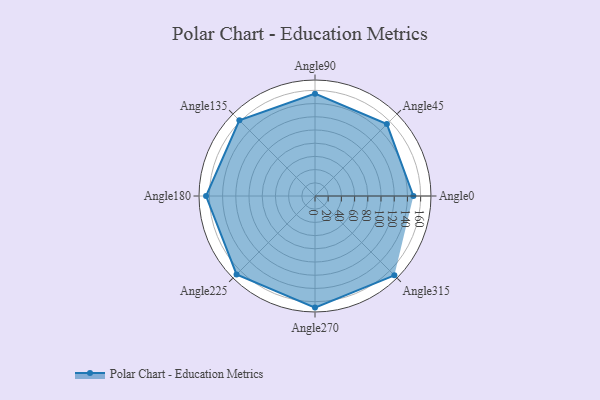
{"axis": {"x": "Angle", "y": "Radius"}, "legend": [""], "data": [{"x": "Angle0", "y": 149.0, "type": ""}, {"x": "Angle45", "y": 154.0, "type": ""}, {"x": "Angle90", "y": 155.0, "type": ""}, {"x": "Angle135", "y": 162.0, "type": ""}, {"x": "Angle180", "y": 165.0, "type": ""}, {"x": "Angle225", "y": 168.0, "type": ""}, {"x": "Angle270", "y": 169.0, "type": ""}, {"x": "Angle315", "y": 170, "type": ""}]}